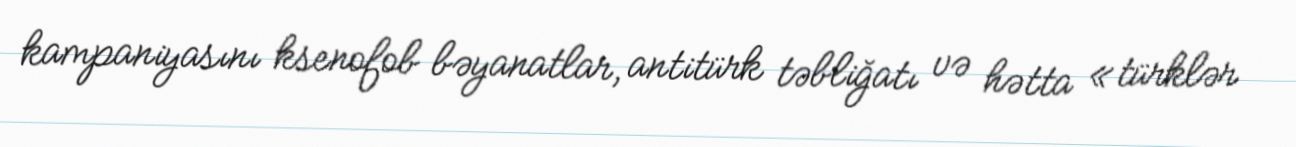
kampaniyasını ksenofob bəyanatlar, antitürk təbliğatı və hətta «türklər